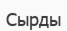
Сырды